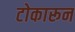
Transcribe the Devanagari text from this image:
टोकारून